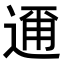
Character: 𮞘